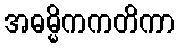
အဓမ္မိကကတိကာ